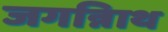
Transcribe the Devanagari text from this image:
जगन्नािथ